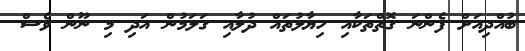
ބުއްދިއަށް ފެންނަ ގޮތްތަކާއި ހިޔާލުތައް ދުލާއި ގަލަމުން އަދި މި ނޫން ވެސް